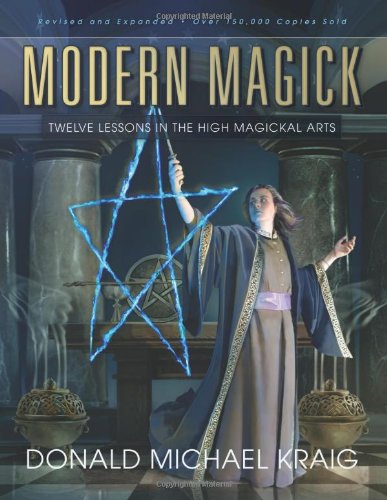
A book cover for Modern Magick: Twelve Lessons in the High Magickal Arts; Donald Michael Kraig; Religion & Spirituality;